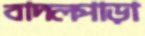
বাদলপাড়া